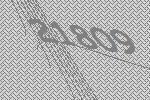
21809